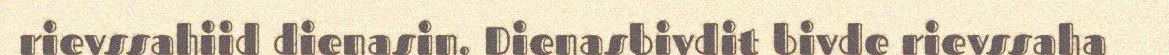
rievssahiid dienasin. Dienasbivdit bivde rievssaha